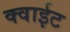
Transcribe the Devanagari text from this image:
क्वाईट